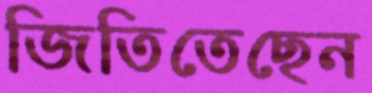
জিতিতেছেন